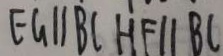
E G / / B C H F / / B C